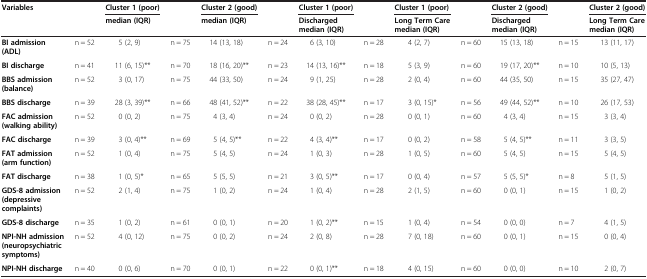
<table><thead><tr><td rowspan="2"><b>Variables</b></td><td rowspan="2"><b> </b></td><td><b>Cluster 1 (poor)</b></td><td rowspan="2"><b> </b></td><td><b>Cluster 2 (good)</b></td><td rowspan="2"><b> </b></td><td><b>Cluster 1 (poor)</b></td><td rowspan="2"><b> </b></td><td><b>Cluster 1 (poor)</b></td><td rowspan="2"><b> </b></td><td><b>Cluster 2 (good)</b></td><td rowspan="2"><b> </b></td><td><b>Cluster 2 (good)</b></td></tr><tr><td><b>median (IQR)</b></td><td><b>median (IQR)</b></td><td><b>Discharged median (IQR)</b></td><td><b>Long Term Care median (IQR)</b></td><td><b>Discharged median (IQR)</b></td><td><b>Long Term Care median (IQR)</b></td></tr></thead><tbody><tr><td><b>BI admission (ADL)</b></td><td>n = 52</td><td>5 (2, 9)</td><td>n = 75</td><td>14 (13, 18)</td><td>n = 24</td><td>6 (3, 10)</td><td>n = 28</td><td>4 (2, 7)</td><td>n = 60</td><td>15 (13, 18)</td><td>n = 15</td><td>13 (11, 17)</td></tr><tr><td><b>BI discharge</b></td><td>n = 41</td><td>11 (6, 15)**</td><td>n = 70</td><td>18 (16, 20)**</td><td>n = 23</td><td>14 (13, 16)**</td><td>n = 18</td><td>5 (3, 9)</td><td>n = 60</td><td>19 (17, 20)**</td><td>n = 10</td><td>10 (5, 13)</td></tr><tr><td><b>BBS admission (balance)</b></td><td>n = 52</td><td>3 (0, 17)</td><td>n = 75</td><td>44 (33, 50)</td><td>n = 24</td><td>9 (1, 25)</td><td>n = 28</td><td>2 (0, 4)</td><td>n = 60</td><td>44 (35, 50)</td><td>n = 15</td><td>35 (27, 47)</td></tr><tr><td><b>BBS discharge</b></td><td>n = 39</td><td>28 (3, 39)**</td><td>n = 66</td><td>48 (41, 52)**</td><td>n = 22</td><td>38 (28, 45)**</td><td>n = 17</td><td>3 (0, 15)*</td><td>n = 56</td><td>49 (44, 52)**</td><td>n = 10</td><td>26 (17, 53)</td></tr><tr><td><b>FAC admission (walking ability)</b></td><td>n = 52</td><td>0 (0, 2)</td><td>n = 75</td><td>4 (3, 4)</td><td>n = 24</td><td>0 (0, 2)</td><td>n = 28</td><td>0 (0, 1)</td><td>n = 60</td><td>4 (3, 4)</td><td>n = 15</td><td>3 (3, 4)</td></tr><tr><td><b>FAC discharge</b></td><td>n = 39</td><td>3 (0, 4)**</td><td>n = 69</td><td>5 (4, 5)**</td><td>n = 22</td><td>4 (3, 4)**</td><td>n = 17</td><td>0 (0, 2)</td><td>n = 58</td><td>5 (4, 5)**</td><td>n = 11</td><td>3 (3, 5)</td></tr><tr><td><b>FAT admission (arm function)</b></td><td>n = 52</td><td>1 (0, 4)</td><td>n = 75</td><td>5 (4, 5)</td><td>n = 24</td><td>1 (0, 3)</td><td>n = 28</td><td>1 (0, 5)</td><td>n = 60</td><td>5 (4, 5)</td><td>n = 15</td><td>5 (4, 5)</td></tr><tr><td><b>FAT discharge</b></td><td>n = 38</td><td>1 (0, 5)*</td><td>n = 65</td><td>5 (5, 5)</td><td>n = 21</td><td>3 (0, 5)**</td><td>n = 17</td><td>0 (0, 4)</td><td>n = 57</td><td>5 (5, 5)*</td><td>n = 8</td><td>5 (1, 5)</td></tr><tr><td><b>GDS-8 admission (depressive complaints)</b></td><td>n = 52</td><td>2 (1, 4)</td><td>n = 75</td><td>1 (0, 2)</td><td>n = 24</td><td>1 (0, 4)</td><td>n = 28</td><td>2 (1, 5)</td><td>n = 60</td><td>0 (0, 1)</td><td>n = 15</td><td>1 (0, 2)</td></tr><tr><td><b>GDS-8 discharge</b></td><td>n = 35</td><td>1 (0, 2)</td><td>n = 61</td><td>0 (0, 1)</td><td>n = 20</td><td>1 (0, 2)**</td><td>n = 15</td><td>1 (0, 4)</td><td>n = 54</td><td>0 (0, 0)</td><td>n = 7</td><td>4 (1, 5)</td></tr><tr><td><b>NPI-NH admission (neuropsychiatric symptoms)</b></td><td>n = 52</td><td>4 (0, 12)</td><td>n = 75</td><td>0 (0, 2)</td><td>n = 24</td><td>2 (0, 8)</td><td>n = 28</td><td>7 (0, 18)</td><td>n = 60</td><td>0 (0, 1)</td><td>n = 15</td><td>0 (0, 4)</td></tr><tr><td><b>NPI-NH discharge</b></td><td>n = 40</td><td>0 (0, 6)</td><td>n = 70</td><td>0 (0, 1)</td><td>n = 22</td><td>0 (0, 1)**</td><td>n = 18</td><td>4 (0, 15)</td><td>n = 60</td><td>0 (0, 0)</td><td>n = 10</td><td>2 (0, 7)</td></tr></tbody></table>